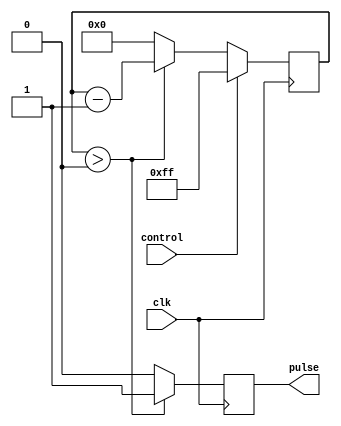
module VariablePulseWidthGenerator (
    input wire clk,
    input wire control,
    output reg pulse
);

reg [7:0] counter;

always @(posedge clk) begin
    if (control) begin
        counter <= 8'b11111111; // Maximum pulse width
    end else begin
        if (counter > 0) begin
            counter <= counter - 1;
        end else begin
            counter <= 8'b00000000; // Minimum pulse width
        end
    end
end

always @(posedge clk) begin
    if (counter > 0) begin
        pulse <= 1'b1;
    end else begin
        pulse <= 1'b0;
    end
end

endmodule